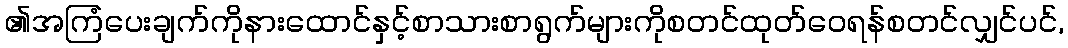
၏အကြံပေးချက်ကိုနားထောင်နှင့်စာသားစာရွက်များကိုစတင်ထုတ်ဝေရန်စတင်လျှင်ပင်,